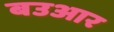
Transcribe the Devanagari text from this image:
बउआर